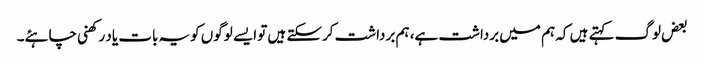
بعض لوگ کہتے ہیں کہ ہم میں برداشت ہے، ہم برداشت کرسکتے ہیں تو ایسے لوگوں کویہ بات یاد رکھنی چاہئے۔